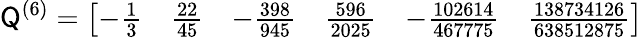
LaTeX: \mathsf Q^{(6)}=\left[\begin{array}{llllll}{-\frac{1}{3}}&{\frac{22}{45}}&{-\frac{398}{945}}&{\frac{596}{2025}}&{-\frac{102614}{467775}}&{\frac{138734126}{638512875}}\end{array}\right]